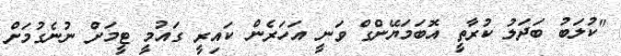
"ކުލަބު ބަދަލު ކުރާތީ އޮބަމަޔޭންގް ވަނީ އަހަރެން ކައިރީ ގައުމީ ޓީމަށް ނުނެގުމަށް